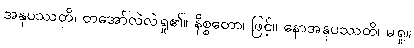
အနုပဿတိ၊ တအော်လဲလဲရှု၏။ နိစ္စတော၊ ဖြင့်။ နောအနုပဿတိ၊ မရှု။